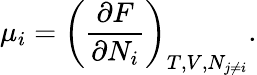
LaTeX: \mu_{i}=\left({\frac{\partial F}{\partial N_{i}}}\right)_{T,V,N_{j\neq i}}.